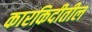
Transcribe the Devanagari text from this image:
कारकिदीतील